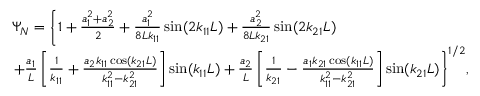
\begin{array} { r l } & { { \Psi _ { N } } = \left\{ { 1 + \frac { { a _ { 1 } ^ { 2 } + a _ { 2 } ^ { 2 } } } { 2 } + \frac { { a _ { 1 } ^ { 2 } } } { { 8 L { k _ { 1 1 } } } } \sin ( 2 { k _ { 1 1 } } L ) + \frac { { a _ { 2 } ^ { 2 } } } { { 8 L { k _ { 2 1 } } } } \sin ( 2 { k _ { 2 1 } } L ) } \right. } \\ & { { \left. { + \frac { { { a _ { 1 } } } } { L } \left[ { \frac { 1 } { { { k _ { 1 1 } } } } + \frac { { { a _ { 2 } } { k _ { 1 1 } } \cos ( { k _ { 2 1 } } L ) } } { { k _ { 1 1 } ^ { 2 } - k _ { 2 1 } ^ { 2 } } } } \right] \sin ( { k _ { 1 1 } } L ) + \frac { { { a _ { 2 } } } } { L } \left[ { \frac { 1 } { { { k _ { 2 1 } } } } - \frac { { { a _ { 1 } } { k _ { 2 1 } } \cos ( { k _ { 1 1 } } L ) } } { { k _ { 1 1 } ^ { 2 } - k _ { 2 1 } ^ { 2 } } } } \right] \sin ( { k _ { 2 1 } } L ) } \right\} ^ { 1 / 2 } } , } \end{array}